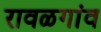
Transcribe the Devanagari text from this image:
रावळगांव